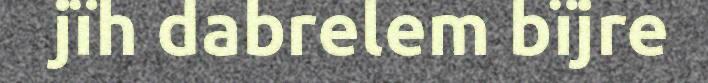
jïh dabrelem bïjre